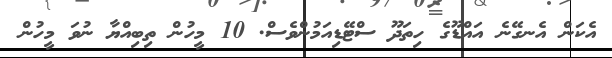
އެކަން އެނގޭނެ އައްޑޫގެ ހިތަދޫ ސްޓޭޑިއަމުންވެސް. 10 މީހުން ތިބިއްޔާ ނުވަ މީހުން